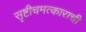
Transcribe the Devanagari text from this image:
सृष्टीचमत्काराची